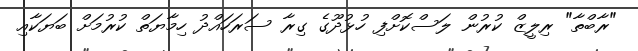
"ރާބްތާ" ރިލީޒް ކުރުން ލަސްކޮށްފި ހުޅުދޫގެ ގިރާ ސަރަހައްދު ހިމާޔަތް ކުރުމަށް ބަޔަކާއި